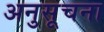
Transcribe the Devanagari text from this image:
अनुसूचना